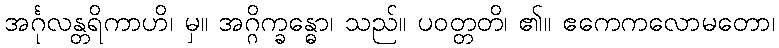
အင်္ဂုလန္တရိကာဟိ၊ မှ။ အဂ္ဂိက္ခန္ဓော၊ သည်။ ပဝတ္တတိ၊ ၏။ ဧကေကလောမတော၊